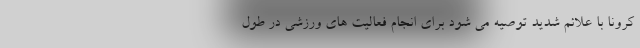
کرونا با علائم شدید توصیه می شود برای انجام فعالیت های ورزشی در طول